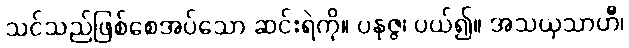
သင်သည်ဖြစ်စေအပ်သော ဆင်းရဲကို။ ပနုဇ္ဇ၊ ပယ်၍။ အသယှသာဟီ၊